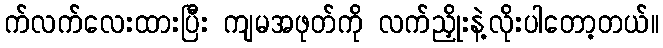
က်လက်လေးထားပြီး ကျမအဖုတ်ကို လက်ညှိုးနဲ့လိုးပါတော့တယ်။